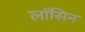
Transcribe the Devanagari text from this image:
लॉसिन